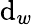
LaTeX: \mathrm{d}_{w}